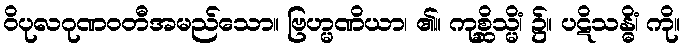
ဝိပုလဂုဏဝတီအမည်သော။ ဗြဟ္မဏိယာ၊ ၏။ ကုစ္ဆိသ္မိံ၊ ၌။ ပဋိသန္ဓိံ၊ ကို။